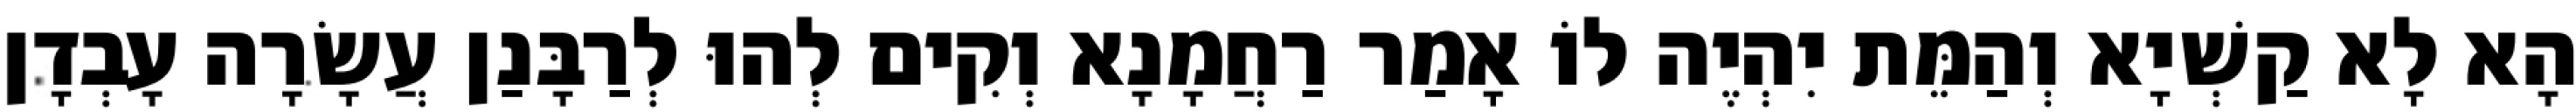
הָא לָא קַשְׁיָא וְהַמֵּת יִהְיֶה לוֹ אָמַר רַחֲמָנָא וְקִים לְהוּ לְרַבָּנַן עֲשָׂרָה עָבְדָן